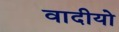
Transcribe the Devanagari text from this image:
वादीयो